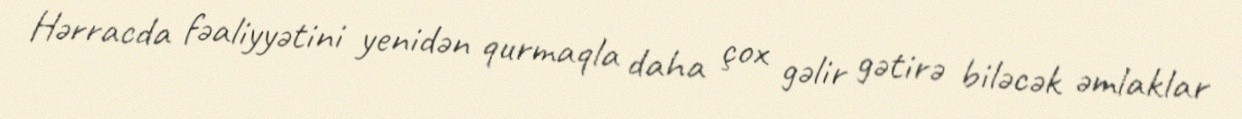
Hərracda fəaliyyətini yenidən qurmaqla daha çox gəlir gətirə biləcək əmlaklar